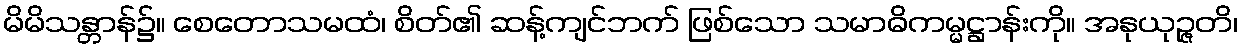
မိမိသန္တာန်၌။ စေတောသမထံ၊ စိတ်၏ ဆန့်ကျင်ဘက် ဖြစ်သော သမာဓိကမ္မဋ္ဌာန်းကို။ အနုယုဉ္ဇတိ၊